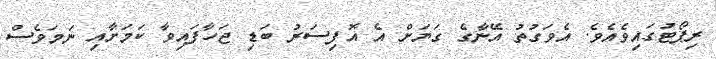
ރިޕޯޓުގައިވެއެވެ. އެވަގުތު އޭނާގެ ގަޔަށް އެ އޮފިސަރު ބަޑި ޖަހާފައިވާ ކަމަށާއި ނަމަވެސް